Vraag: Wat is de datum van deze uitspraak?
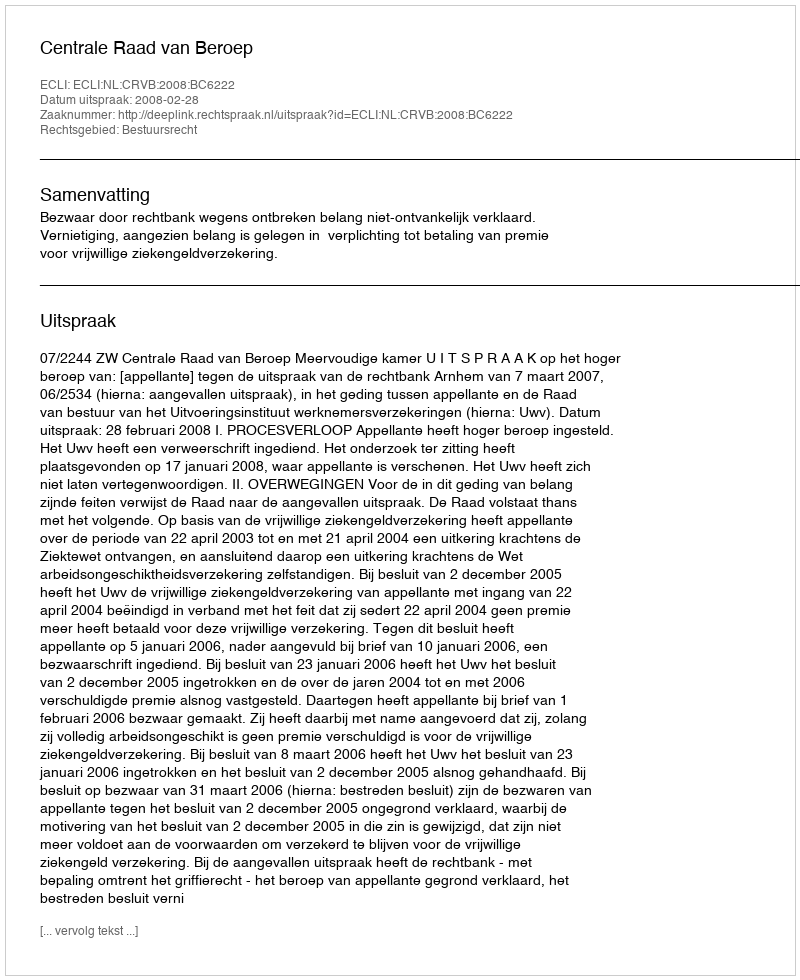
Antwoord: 2008-02-28